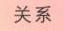
关系